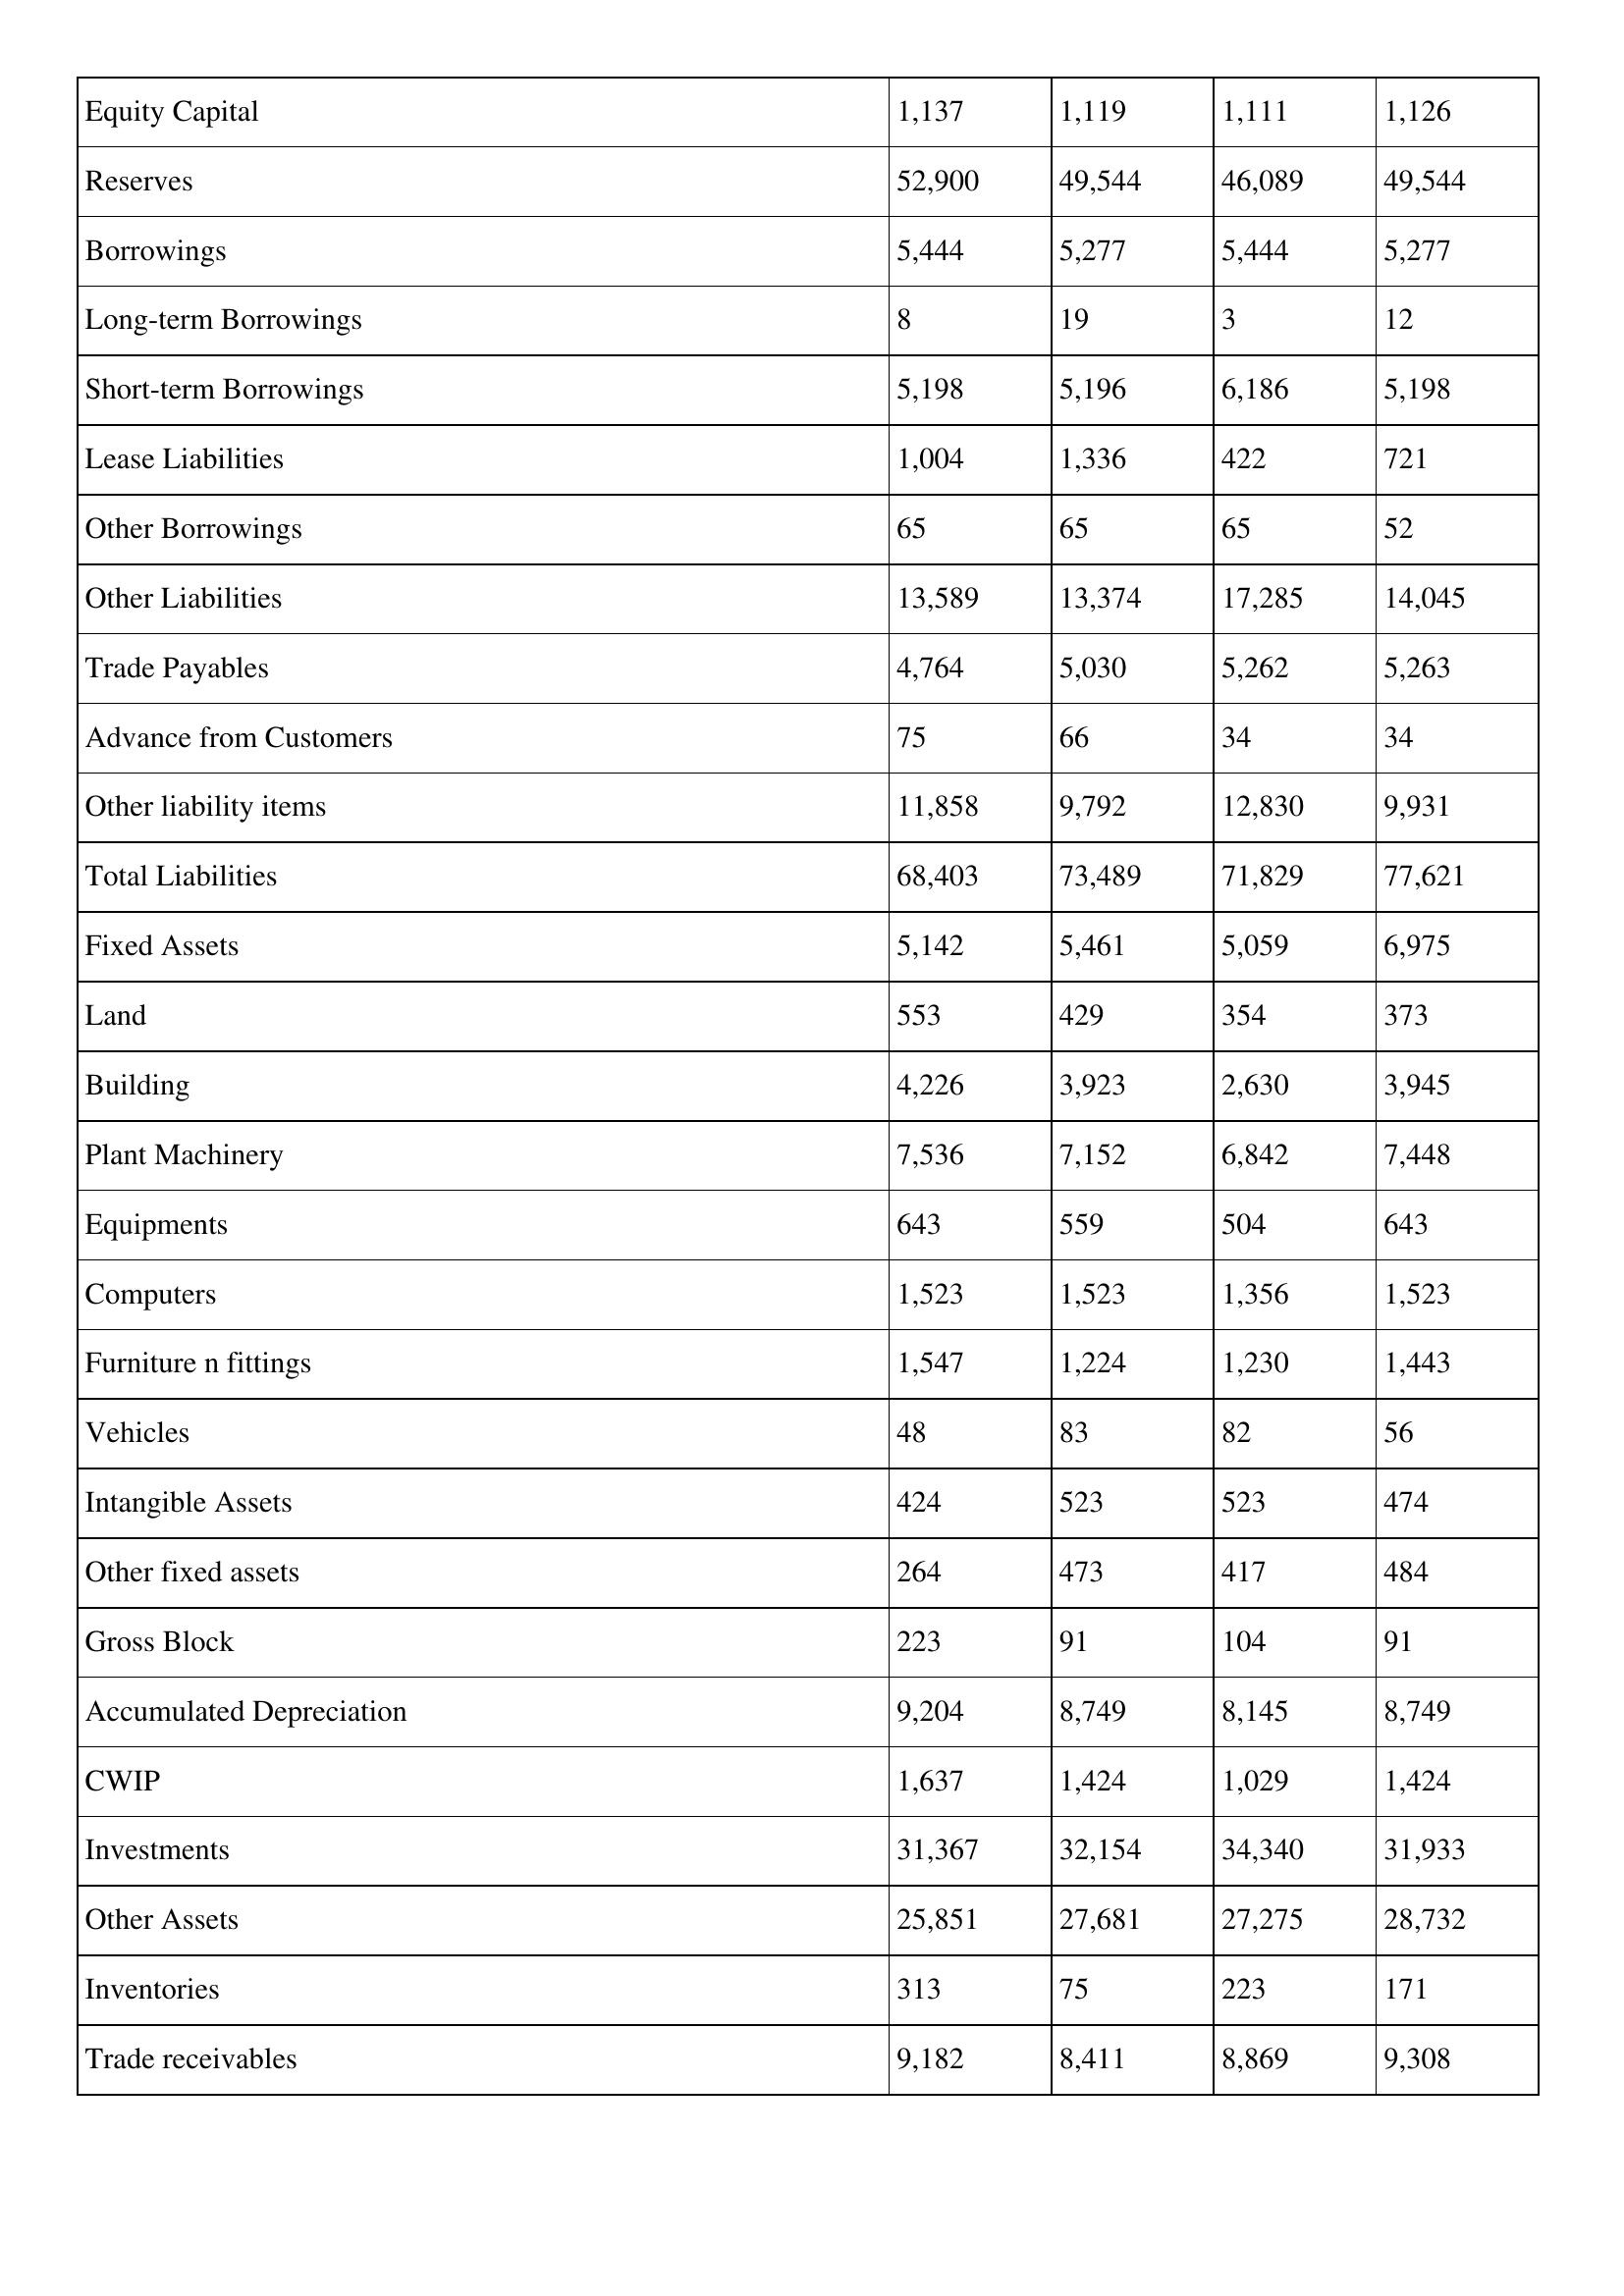
gt_parse: 2015: Balance Sheet: Equity Capital: 1,137
Reserves: 52,900
Borrowings: 5,444
Long-term Borrowings: 8
Short-term Borrowings: 5,198
Lease Liabilities: 1,004
Other Borrowings: 65
Other Liabilities: 13,589
Trade Payables: 4,764
Advance from Customers: 75
Other liability items: 11,858
Total Liabilities: 68,403
Fixed Assets: 5,142
Land: 553
Building: 4,226
Plant Machinery: 7,536
Equipments: 643
Computers: 1,523
Furniture n fittings: 1,547
Vehicles: 48
Intangible Assets: 424
Other fixed assets: 264
Gross Block: 223
Accumulated Depreciation: 9,204
CWIP: 1,637
Investments: 31,367
Other Assets: 25,851
Inventories: 313
Trade receivables: 9,182
2014: Balance Sheet: Equity Capital: 1,119
Reserves: 49,544
Borrowings: 5,277
Long-term Borrowings: 19
Short-term Borrowings: 5,196
Lease Liabilities: 1,336
Other Borrowings: 65
Other Liabilities: 13,374
Trade Payables: 5,030
Advance from Customers: 66
Other liability items: 9,792
Total Liabilities: 73,489
Fixed Assets: 5,461
Land: 429
Building: 3,923
Plant Machinery: 7,152
Equipments: 559
Computers: 1,523
Furniture n fittings: 1,224
Vehicles: 83
Intangible Assets: 523
Other fixed assets: 473
Gross Block: 91
Accumulated Depreciation: 8,749
CWIP: 1,424
Investments: 32,154
Other Assets: 27,681
Inventories: 75
Trade receivables: 8,411
2013: Balance Sheet: Equity Capital: 1,111
Reserves: 46,089
Borrowings: 5,444
Long-term Borrowings: 3
Short-term Borrowings: 6,186
Lease Liabilities: 422
Other Borrowings: 65
Other Liabilities: 17,285
Trade Payables: 5,262
Advance from Customers: 34
Other liability items: 12,830
Total Liabilities: 71,829
Fixed Assets: 5,059
Land: 354
Building: 2,630
Plant Machinery: 6,842
Equipments: 504
Computers: 1,356
Furniture n fittings: 1,230
Vehicles: 82
Intangible Assets: 523
Other fixed assets: 417
Gross Block: 104
Accumulated Depreciation: 8,145
CWIP: 1,029
Investments: 34,340
Other Assets: 27,275
Inventories: 223
Trade receivables: 8,869
2012: Balance Sheet: Equity Capital: 1,126
Reserves: 49,544
Borrowings: 5,277
Long-term Borrowings: 12
Short-term Borrowings: 5,198
Lease Liabilities: 721
Other Borrowings: 52
Other Liabilities: 14,045
Trade Payables: 5,263
Advance from Customers: 34
Other liability items: 9,931
Total Liabilities: 77,621
Fixed Assets: 6,975
Land: 373
Building: 3,945
Plant Machinery: 7,448
Equipments: 643
Computers: 1,523
Furniture n fittings: 1,443
Vehicles: 56
Intangible Assets: 474
Other fixed assets: 484
Gross Block: 91
Accumulated Depreciation: 8,749
CWIP: 1,424
Investments: 31,933
Other Assets: 28,732
Inventories: 171
Trade receivables: 9,308